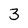
Character: 3